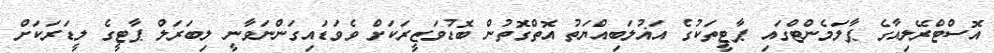
އޮސްޓްރޭލިއާގެ ޕާލަމެންޓްގައި ޕާޓީތަކުގެ އަޣުލަބިއްޔަތު އޮތްގޮތުން ބޮޑުވަޒީރަކަށް ވެވަޑައިގަންނަވާނީ ލިބަރަލް ޕާޓީގެ ލީޑަރަކަށް